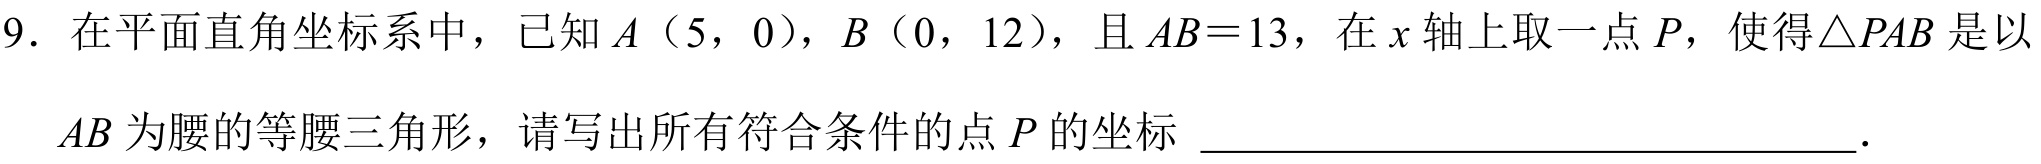
9. 在平面直角坐标系中，已知\(A\)（5，0），\(B\)（0，12），且\(AB = 13\)，在\(x\)轴上取一点\(P\)，使得\(\triangle PAB\)是以
\(AB\)为腰的等腰三角形，请写出所有符合条件的点\(P\)的坐标 \_\_\_\_\_\_\_\_\_\_\_\_\_\_\_\_\_\_\_\_\_\_\_\_\_\_\_\_\_\_\_\_\_\_\_\_\_\_\_\_\_\_\_\_\_\_\_\_\_\_\_\_\_\_\_\_\_\_\_\_\_\_\_\_\_\_\_\_\_\_\_\_\_\_\_\_\_\_\_\_\_\_\_\_\_\_\_\_\_\_\_\_\_\_\_\_\_\_\_\_\_\_\_\_\_\_\_\_\_\_\_\_\_\_\_\_\_\_\_\_\_\_\_\_\_\_\_\_\_\_\_\_\_\_\_\_\_\_\_\_\_\_\_\_\_\_\_\_\_\_\_\_\_\_\_\_\_\_\_\_\_\_\_\_\_\_\_\_\_\_\_\_\_\_\_\_\_\_\_\_\_\_\_\_\_\_\_\_\_\_\_\_\_\_\_\_\_\_\_\_\_\_\_\_\_\_\_\_\_\_\_\_\_\_\_\_\_\_\_\_\_\_\_\_\_\_\_\_\_\_\_\_\_\_\_\_\_\_\_\_\_\_\_\_\_\_\_\_\_\_\_\_\_\_\_\_\_\_\_\_\_\_\_\_\_\_\_\_\_\_\_\_\_\_\_\_\_\_\_\_\_\_\_\_\_\_\_\_\_\_\_\_\_\_\_\_\_\_\_\_\_\_\_\_\_\_\_\_\_\_\_\_\_\_\_\_\_\_\_\_\_\_\_\_\_\_\_\_\_\_\_\_\_\_\_\_\_\_\_\_\_\_\_\_\_\_\_\_\_\_\_\_\_\_\_\_\_\_\_\_\_\_\_\_\_\_\_\_\_\_\_\_\_\_\_\_\_\_\_\_\_\_\_\_\_\_\_\_\_\_\_\_\_\_\_\_\_\_\_\_\_\_\_\_\_\_\_\_\_\_\_\_\_\_\_\_\_\_\_\_\_\_\_\_\_\_\_\_\_\_\_\_\_\_\_\_\_\_\_\_\_\_\_\_\_\_\_\_\_\_\_\_\_\_\_\_\_\_\_\_\_\_\_\_\_\_\_\_\_\_\_\_\_\_\_\_\_\_\_\_\_\_\_\_\_\_\_\_\_\_\_\_\_\_\_\_\_\_\_\_\_\_\_\_\_\_\_\_\_\_\_\_\_\_\_\_\_\_\_\_\_\_\_\_\_\_\_\_\_\_\_\_\_\_\_\_\_\_\_\_\_\_\_\_\_\_\_\_\_\_\_\_\_\_\_\_\_\_\_\_\_\_\_\_\_\_\_\_\_\_\_\_\_\_\_\_\_\_\_\_\_\_\_\_\_\_\_\_\_\_\_\_\_\_\_\_\_\_\_\_\_\_\_\_\_\_\_\_\_\_\_\_\_\_\_\_\_\_\_\_\_\_\_\_\_\_\_\_\_\_\_\_\_\_\_\_\_\_\_\_\_\_\_\_\_\_\_\_\_\_\_\_\_\_\_\_\_\_\_\_\_\_\_\_\_\_\_\_\_\_\_\_\_\_\_\_\_\_\_\_\_\_\_\_\_\_\_\_\_\_\_\_\_\_\_\_\_\_\_\_\_\_\_\_\_\_\_\_\_\_\_\_\_\_\_\_\_\_\_\_\_\_\_\_\_\_\_\_\_\_\_\_\_\_\_\_\_\_\_\_\_\_\_\_\_\_\_\_\_\_\_\_\_\_\_\_\_\_\_\_\_\_\_\_\_\_\_\_\_\_\_\_\_\_\_\_\_\_\_\_\_\_\_\_\_\_\_\_\_\_\_\_\_\_\_\_\_\_\_\_\_\_\_\_\_\_\_\_\_\_\_\_\_\_\_\_\_\_\_\_\_\_\_\_\_\_\_\_\_\_\_\_\_\_\_\_\_\_\_\_\_\_\_\_\_\_\_\_\_\_\_\_\_\_\_\_\_\_\_\_\_\_\_\_\_\_\_\_\_\_\_\_\_\_\_\_\_\_\_\_\_\_\_\_\_\_\_\_\_\_\_\_\_\_\_\_\_\_\_\_\_\_\_\_\_\_\_\_\_\_\_\_\_\_\_\_\_\_\_\_\_\_\_\_\_\_\_\_\_\_\_\_\_\_\_\_\_\_\_\_\_\_\_\_\_\_\_\_\_\_\_\_\_\_\_\_\_\_\_\_\_\_\_\_\_\_\_\_\_\_\_\_\_\_\_\_\_\_\_\_\_\_\_\_\_\_\_\_\_\_\_\_\_\_\_\_\_\_\_\_\_\_\_\_\_\_\_\_\_\_\_\_\_\_\_\_\_\_\_\_\_\_\_\_\_\_\_\_\_\_\_\_\_\_\_\_\_\_\_\_\_\_\_\_\_\_\_\_\_\_\_\_\_\_\_\_\_\_\_\_\_\_\_\_\_\_\_\_\_\_\_\_\_\_\_\_\_\_\_\_\_\_\_\_\_\_\_\_\_\_\_\_\_\_\_\_\_\_\_\_\_\_\_\_\_\_\_\_\_\_\_\_\_\_\_\_\_\_\_\_\_\_\_\_\_\_\_\_\_\_\_\_\_\_\_\_\_\_\_\_\_\_\_\_\_\_\_\_\_\_\_\_\_\_\_\_\_\_\_\_\_\_\_\_\_\_\_\_\_\_\_\_\_\_\_\_\_\_\_\_\_\_\_\_\_\_\_\_\_\_\_\_\_\_\_\_\_\_\_\_\_\_\_\_\_\_\_\_\_\_\_\_\_\_\_\_\_\_\_\_\_\_\_\_\_\_\_\_\_\_\_\_\_\_\_\_\_\_\_\_\_\_\_\_\_\_\_\_\_\_\_\_\_\_\_\_\_\_\_\_\_\_\_\_\_\_\_\_\_\_\_\_\_\_\_\_\_\_\_\_\_\_\_\_\_\_\_\_\_\_\_\_\_\_\_\_\_\_\_\_\_\_\_\_\_\_\_\_\_\_\_\_\_\_\_\_\_\_\_\_\_\_\_\_\_\_\_\_\_\_\_\_\_\_\_\_\_\_\_\_\_\_\_\_\_\_\_\_\_\_\_\_\_\_\_\_\_\_\_\_\_\_\_\_\_\_\_\_\_\_\_\_\_\_\_\_\_\_\_\_\_\_\_\_\_\_\_\_\_\_\_\_\_\_\_\_\_\_\_\_\_\_\_\_\_\_\_\_\_\_\_\_\_\_\_\_\_\_\_\_\_\_\_\_\_\_\_\_\_\_\_\_\_\_\_\_\_\_\_\_\_\_\_\_\_\_\_\_\_\_\_\_\_\_\_\_\_\_\_\_\_\_\_\_\_\_\_\_\_\_\_\_\_\_\_\_\_\_\_\_\_\_\_\_\_\_\_\_\_\_\_\_\_\_\_\_\_\_\_\_\_\_\_\_\_\_\_\_\_\_\_\_\_\_\_\_\_\_\_\_\_\_\_\_\_\_\_\_\_\_\_\_\_\_\_\_\_\_\_\_\_\_\_\_\_\_\_\_\_\_\_\_\_\_\_\_\_\_\_\_\_\_\_\_\_\_\_\_\_\_\_\_\_\_\_\_\_\_\_\_\_\_\_\_\_\_\_\_\_\_\_\_\_\_\_\_\_\_\_\_\_\_\_\_\_\_\_\_\_\_\_\_\_\_\_\_\_\_\_\_\_\_\_\_\_\_\_\_\_\_\_\_\_\_\_\_\_\_\_\_\_\_\_\_\_\_\_\_\_\_\_\_\_\_\_\_\_\_\_\_\_\_\_\_\_\_\_\_\_\_\_\_\_\_\_\_\_\_\_\_\_\_\_\_\_\_\_\_\_\_\_\_\_\_\_\_\_\_\_\_\_\_\_\_\_\_\_\_\_\_\_\_\_\_\_\_\_\_\_\_\_\_\_\_\_\_\_\_\_\_\_\_\_\_\_\_\_\_\_\_\_\_\_\_\_\_\_\_\_\_\_\_\_\_\_\_\_\_\_\_\_\_\_\_\_\_\_\_\_\_\_\_\_\_\_\_\_\_\_\_\_\_\_\_\_\_\_\_\_\_\_\_\_\_\_\_\_\_\_\_\_\_\_\_\_\_\_\_\_\_\_\_\_\_\_\_\_\_\_\_\_\_\_\_\_\_\_\_\_\_\_\_\_\_\_\_\_\_\_\_\_\_\_\_\_\_\_\_\_\_\_\_\_\_\_\_\_\_\_\_\_\_\_\_\_\_\_\_\_\_\_\_\_\_\_\_\_\_\_\_\_\_\_\_\_\_\_\_\_\_\_\_\_\_\_\_\_\_\_\_\_\_\_\_\_\_\_\_\_\_\_\_\_\_\_\_\_\_\_\_\_\_\_\_\_\_\_\_\_\_\_\_\_\_\_\_\_\_\_\_\_\_\_\_\_\_\_\_\_\_\_\_\_\_\_\_\_\_\_\_\_\_\_\_\_\_\_\_\_\_\_\_\_\_\_\_\_\_\_\_\_\_\_\_\_\_\_\_\_\_\_\_\_\_\_\_\_\_\_\_\_\_\_\_\_\_\_\_\_\_\_\_\_\_\_\_\_\_\_\_\_\_\_\_\_\_\_\_\_\_\_\_\_\_\_\_\_\_\_\_\_\_\_\_\_\_\_\_\_\_\_\_\_\_\_\_\_\_\_\_\_\_\_\_\_\_\_\_\_\_\_\_\_\_\_\_\_\_\_\_\_\_\_\_\_\_\_\_\_\_\_\_\_\_\_\_\_\_\_\_\_\_\_\_\_\_\_\_\_\_\_\_\_\_\_\_\_\_\_\_\_\_\_\_\_\_\_\_\_\_\_\_\_\_\_\_\_\_\_\_\_\_\_\_\_\_\_\_\_\_\_\_\_\_\_\_\_\_\_\_\_\_\_\_\_\_\_\_\_\_\_\_\_\_\_\_\_\_\_\_\_\_\_\_\_\_\_\_\_\_\_\_\_\_\_\_\_\_\_\_\_\_\_\_\_\_\_\_\_\_\_\_\_\_\_\_\_\_\_\_\_\_\_\_\_\_\_\_\_\_\_\_\_\_\_\_\_\_\_\_\_\_\_\_\_\_\_\_\_\_\_\_\_\_\_\_\_\_\_\_\_\_\_\_\_\_\_\_\_\_\_\_\_\_\_\_\_\_\_\_\_\_\_\_\_\_\_\_\_\_\_\_\_\_\_\_\_\_\_\_\_\_\_\_\_\_\_\_\_\_\_\_\_\_\_\_\_\_\_\_\_\_\_\_\_\_\_\_\_\_\_\_\_\_\_\_\_\_\_\_\_\_\_\_\_\_\_\_\_\_\_\_\_\_\_\_\_\_\_\_\_\_\_\_\_\_\_\_\_\_\_\_\_\_\_\_\_\_\_\_\_\_\_\_\_\_\_\_\_\_\_\_\_\_\_\_\_\_\_\_\_\_\_\_\_\_\_\_\_\_\_\_\_\_\_\_\_\_\_\_\_\_\_\_\_\_\_\_\_\_\_\_\_\_\_\_\_\_\_\_\_\_\_\_\_\_\_\_\_\_\_\_\_\_\_\_\_\_\_\_\_\_\_\_\_\_\_\_\_\_\_\_\_\_\_\_\_\_\_\_\_\_\_\_\_\_\_\_\_\_\_\_\_\_\_\_\_\_\_\_\_\_\_\_\_\_\_\_\_\_\_\_\_\_\_\_\_\_\_\_\_\_\_\_\_\_\_\_\_\_\_\_\_\_\_\_\_\_\_\_\_\_\_\_\_\_\_\_\_\_\_\_\_\_\_\_\_\_\_\_\_\_\_\_\_\_\_\_\_\_\_\_\_\_\_\_\_\_\_\_\_\_\_\_\_\_\_\_\_\_\_\_\_\_\_\_\_\_\_\_\_\_\_\_\_\_\_\_\_\_\_\_\_\_\_\_\_\_\_\_\_\_\_\_\_\_\_\_\_\_\_\_\_\_\_\_\_\_\_\_\_\_\_\_\_\_\_\_\_\_\_\_\_\_\_\_\_\_\_\_\_\_\_\_\_\_\_\_\_\_\_\_\_\_\_\_\_\_\_\_\_\_\_\_\_\_\_\_\_\_\_\_\_\_\_\_\_\_\_\_\_\_\_\_\_\_\_\_\_\_\_\_\_\_\_\_\_\_\_\_\_\_\_\_\_\_\_\_\_\_\_\_\_\_\_\_\_\_\_\_\_\_\_\_\_\_\_\_\_\_\_\_\_\_\_\_\_\_\_\_\_\_\_\_\_\_\_\_\_\_\_\_\_\_\_\_\_\_\_\_\_\_\_\_\_\_\_\_\_\_\_\_\_\_\_\_\_\_\_\_\_\_\_\_\_\_\_\_\_\_\_\_\_\_\_\_\_\_\_\_\_\_\_\_\_\_\_\_\_\_\_\_\_\_\_\_\_\_\_\_\_\_\_\_\_\_\_\_\_\_\_\_\_\_\_\_\_\_\_\_\_\_\_\_\_\_\_\_\_\_\_\_\_\_\_\_\_\_\_\_\_\_\_\_\_\_\_\_\_\_\_\_\_\_\_\_\_\_\_\_\_\_\_\_\_\_\_\_\_\_\_\_\_\_\_\_\_\_\_\_\_\_\_\_\_\_\_\_\_\_\_\_\_\_\_\_\_\_\_\_\_\_\_\_\_\_\_\_\_\_\_\_\_\_\_\_\_\_\_\_\_\_\_\_\_\_\_\_\_\_\_\_\_\_\_\_\_\_\_\_\_\_\_\_\_\_\_\_\_\_\_\_\_\_\_\_\_\_\_\_\_\_\_\_\_\_\_\_\_\_\_\_\_\_\_\_\_\_\_\_\_\_\_\_\_\_\_\_\_\_\_\_\_\_\_\_\_\_\_\_\_\_\_\_\_\_\_\_\_\_\_\_\_\_\_\_\_\_\_\_\_\_\_\_\_\_\_\_\_\_\_\_\_\_\_\_\_\_\_\_\_\_\_\_\_\_\_\_\_\_\_\_\_\_\_\_\_\_\_\_\_\_\_\_\_\_\_\_\_\_\_\_\_\_\_\_\_\_\_\_\_\_\_\_\_\_\_\_\_\_\_\_\_\_\_\_\_\_\_\_\_\_\_\_\_\_\_\_\_\_\_\_\_\_\_\_\_\_\_\_\_\_\_\_\_\_\_\_\_\_\_\_\_\_\_\_\_\_\_\_\_\_\_\_\_\_\_\_\_\_\_\_\_\_\_\_\_\_\_\_\_\_\_\_\_\_\_\_\_\_\_\_\_\_\_\_\_\_\_\_\_\_\_\_\_\_\_\_\_\_\_\_\_\_\_\_\_\_\_\_\_\_\_\_\_\_\_\_\_\_\_\_\_\_\_\_\_\_\_\_\_\_\_\_\_\_\_\_\_\_\_\_\_\_\_\_\_\_\_\_\_\_\_\_\_\_\_\_\_\_\_\_\_\_\_\_\_\_\_\_\_\_\_\_\_\_\_\_\_\_\_\_\_\_\_\_\_\_\_\_\_\_\_\_\_\_\_\_\_\_\_\_\_\_\_\_\_\_\_\_\_\_\_\_\_\_\_\_\_\_\_\_\_\_\_\_\_\_\_\_\_\_\_\_\_\_\_\_\_\_\_\_\_\_\_\_\_\_\_\_\_\_\_\_\_\_\_\_\_\_\_\_\_\_\_\_\_\_\_\_\_\_\_\_\_\_\_\_\_\_\_\_\_\_\_\_\_\_\_\_\_\_\_\_\_\_\_\_\_\_\_\_\_\_\_\_\_\_\_\_\_\_\_\_\_\_\_\_\_\_\_\_\_\_\_\_\_\_\_\_\_\_\_\_\_\_\_\_\_\_\_\_\_\_\_\_\_\_\_\_\_\_\_\_\_\_\_\_\_\_\_\_\_\_\_\_\_\_\_\_\_\_\_\_\_\_\_\_\_\_\_\_\_\_\_\_\_\_\_\_\_\_\_\_\_\_\_\_\_\_\_\_\_\_\_\_\_\_\_\_\_\_\_\_\_\_\_\_\_\_\_\_\_\_\_\_\_\_\_\_\_\_\_\_\_\_\_\_\_\_\_\_\_\_\_\_\_\_\_\_\_\_\_\_\_\_\_\_\_\_\_\_\_\_\_\_\_\_\_\_\_\_\_\_\_\_\_\_\_\_\_\_\_\_\_\_\_\_\_\_\_\_\_\_\_\_\_\_\_\_\_\_\_\_\_\_\_\_\_\_\_\_\_\_\_\_\_\_\_\_\_\_\_\_\_\_\_\_\_\_\_\_\_\_\_\_\_\_\_\_\_\_\_\_\_\_\_\_\_\_\_\_\_\_\_\_\_\_\_\_\_\_\_\_\_\_\_\_\_\_\_\_\_\_\_\_\_\_\_\_\_\_\_\_\_\_\_\_\_\_\_\_\_\_\_\_\_\_\_\_\_\_\_\_\_\_\_\_\_\_\_\_\_\_\_\_\_\_\_\_\_\_\_\_\_\_\_\_\_\_\_\_\_\_\_\_\_\_\_\_\_\_\_\_\_\_\_\_\_\_\_\_\_\_\_\_\_\_\_\_\_\_\_\_\_\_\_\_\_\_\_\_\_\_\_\_\_\_\_\_\_\_\_\_\_\_\_\_\_\_\_\_\_\_\_\_\_\_\_\_\_\_\_\_\_\_\_\_\_\_\_\_\_\_\_\_\_\_\_\_\_\_\_\_\_\_\_\_\_\_\_\_\_\_\_\_\_\_\_\_\_\_\_\_\_\_\_\_\_\_\_\_\_\_\_\_\_\_\_\_\_\_\_\_\_\_\_\_\_\_\_\_\_\_\_\_\_\_\_\_\_\_\_\_\_\_\_\_\_\_\_\_\_\_\_\_\_\_\_\_\_\_\_\_\_\_\_\_\_\_\_\_\_\_\_\_\_\_\_\_\_\_\_\_\_\_\_\_\_\_\_\_\_\_\_\_\_\_\_\_\_\_\_\_\_\_\_\_\_\_\_\_\_\_\_\_\_\_\_\_\_\_\_\_\_\_\_\_\_\_\_\_